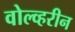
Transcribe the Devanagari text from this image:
वोल्व्हरीन